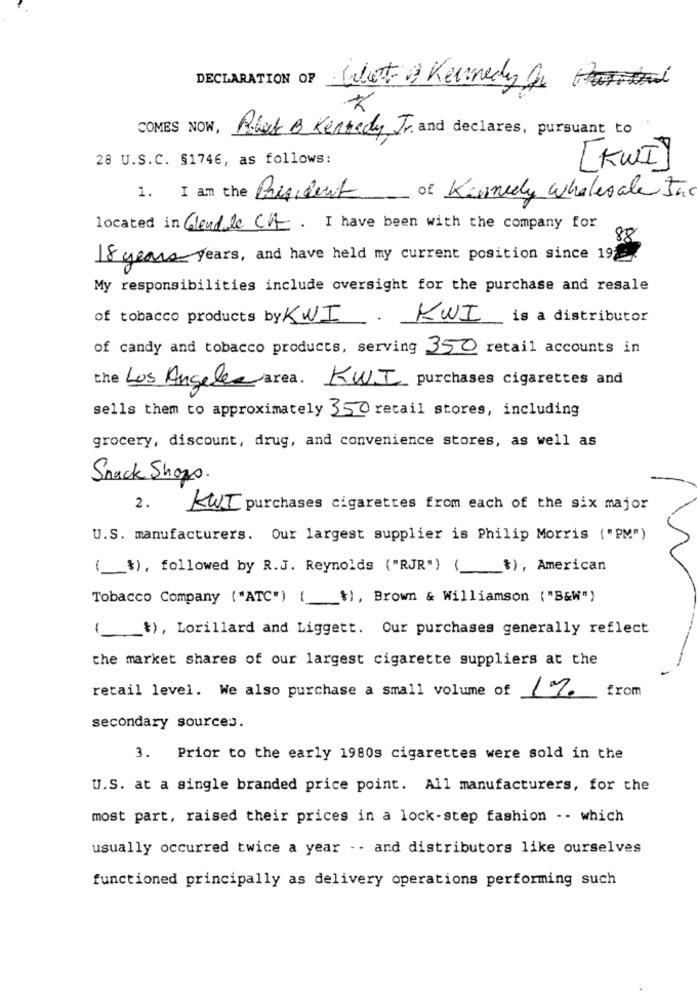
DECLARATION OF
What & Kennedy An
COMES NOW,
Risk & Kennedy Jr. and declares, pursuant to
28 U.S.C. §1746, as follows:
[ KWI]
1. I am the President of Kanneely Wholesale Inc
located in Clendle CV. I have been with the company for
88
18 years years, and have held my current position since 19
My responsibilities include oversight for the purchase and resale
of tobacco products by KWI
KWI is a distributor
of candy and tobacco products, serving 350 retail accounts in
the Los Angeles area. KWI purchases cigarettes and
sells them to approximately 350 retail stores, including
grocery, discount, drug, and convenience stores, as well as
Snack Shops.
2.
KWI purchases cigarettes from each of the six major
U.S. manufacturers. Our largest supplier is Philip Morris ("PM")
(_), followed by R.J. Reynolds ("RJR") ( *), American
Tobacco Company ("ATC") ( +), Brown & Williamson ("B&W")
(_), Lorillard and Liggett. Our purchases generally reflect
the market shares of our largest cigarette suppliers at the
retail level. We also purchase a small volume of 17.
from
secondary sources.
3. Prior to the early 1980s cigarettes were sold in the
U.S. at a single branded price point. All manufacturers, for the
most part, raised their prices in a lock-step fashion -- which
usually occurred twice a year -- and distributors like ourselves
functioned principally as delivery operations performing such